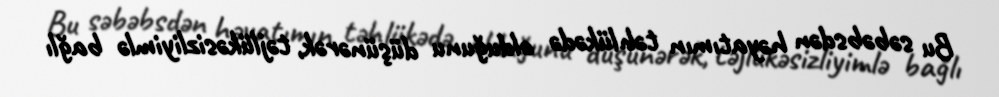
Bu səbəbsdən həyatımın təhlükədə olduğunu düşünərək, təjlükəsizliyimlə bağlı